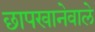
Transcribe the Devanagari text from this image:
छापखानेवाले